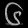
Digit: ၆